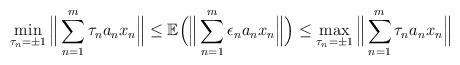
LaTeX: \begin{align*}\min_{\tau_n=\pm1}\Big\|\sum_{n=1}^m \tau_n a_n x_n \Big\| \leq\mathbb{E} \Big(\Big\|\sum_{n=1}^m \epsilon_n a_n x_n \Big\| \Big)\leq \max_{\tau_n=\pm1}\Big\|\sum_{n=1}^m \tau_n a_n x_n \Big\|\end{align*}